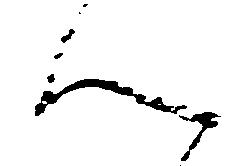
ん